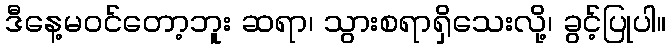
ဒီနေ့မဝင်တော့ဘူး ဆရာ၊ သွားစရာရှိသေးလို့၊ ခွင့်ပြုပါ။